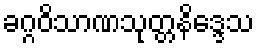
ခဂ္ဂဝိသာဏသုတ္တနိဒ္ဒေသ